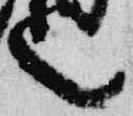
言